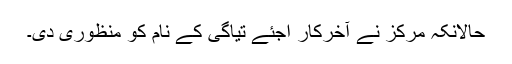
حالانکہ مرکز نے آخرکار اجئے تیاگی کے نام کو منظوری دی۔